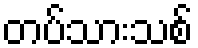
တပ်သားသစ်